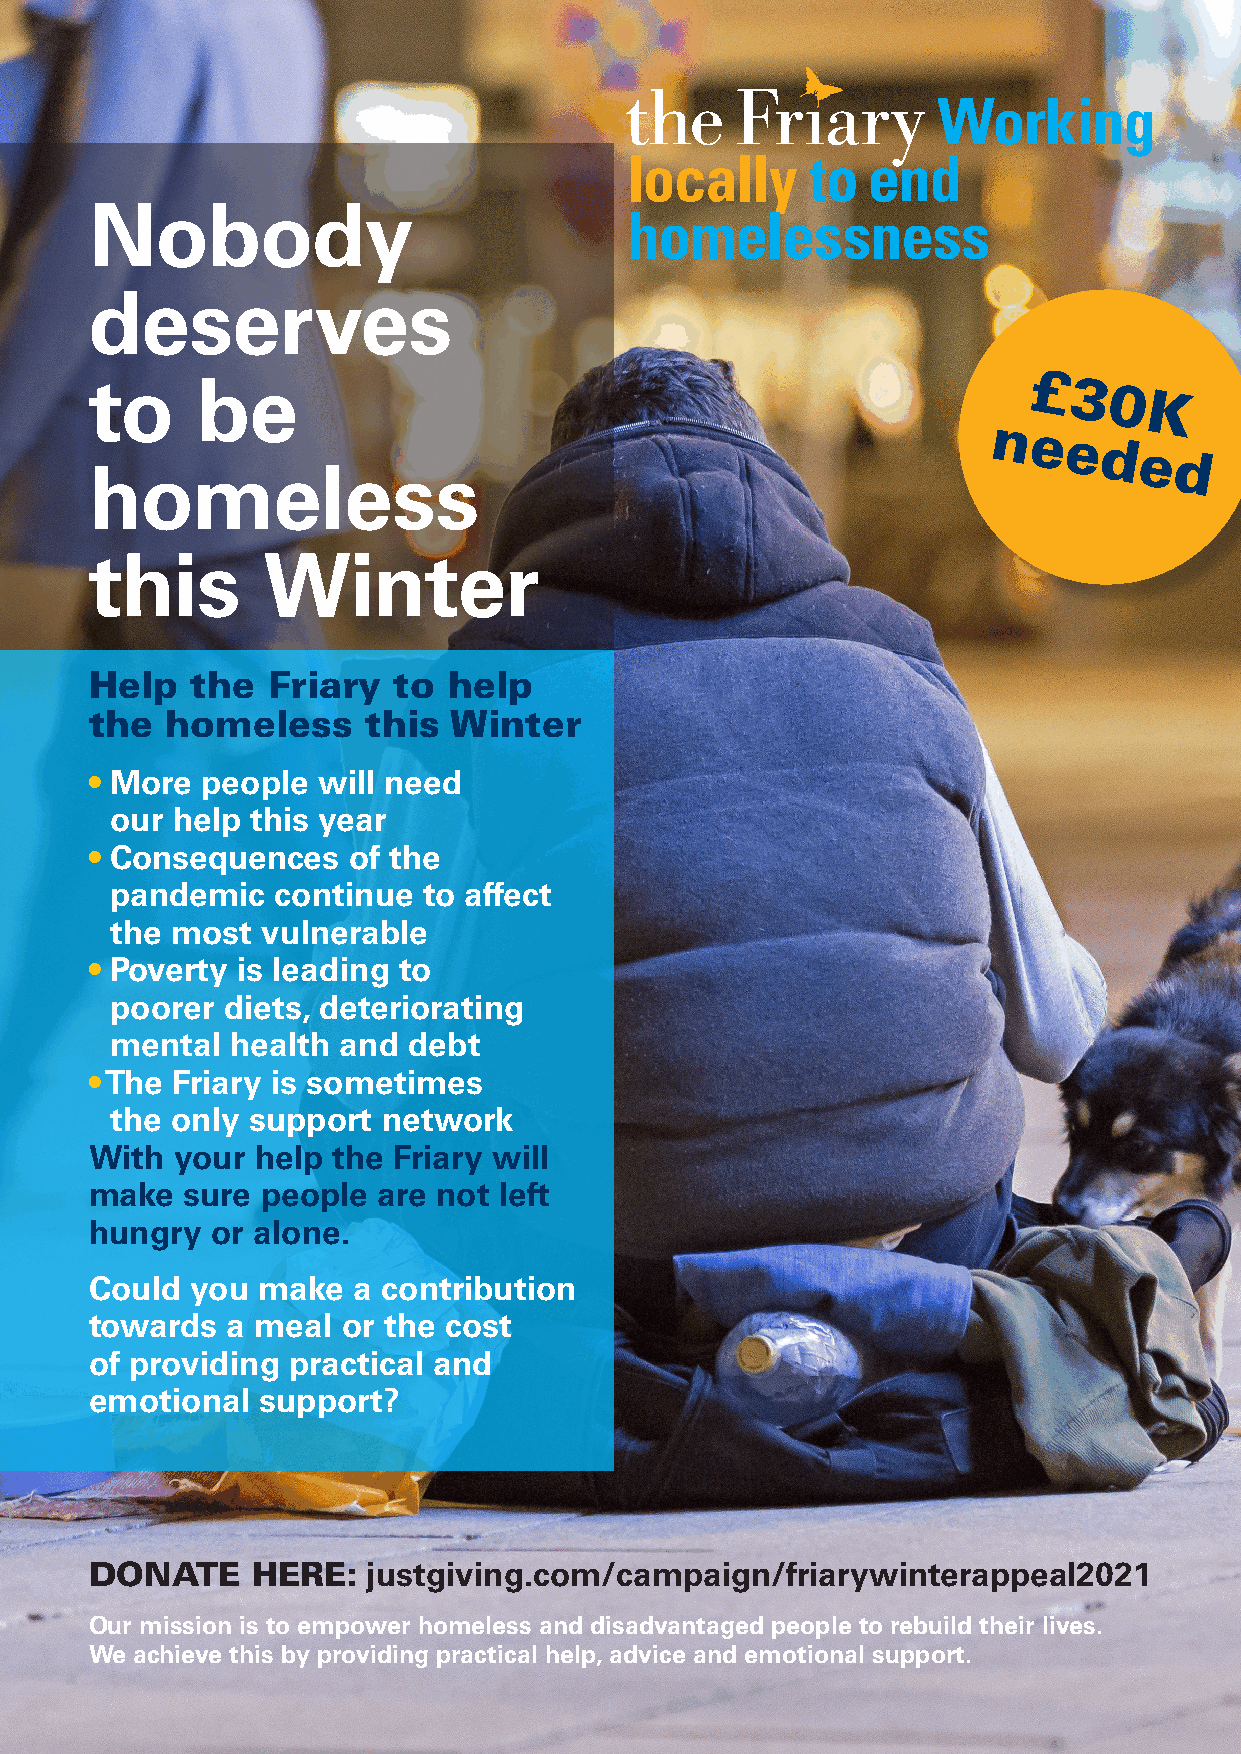
Nobody
 deserves
 to     be                                                     £ 3
 0
 K
 nee
 de
 d
 homeless
 this       Winter
 Help   the  Friary  to  help
 the  homeless     this  Winter
 • More people  will need
 our help  this year
 • Consequences   of the
 pandemic   continue  to affect
 the most  vulnerable
 • Poverty is leading to
 poorer  diets, deteriorating
 mental  health and  debt
 • The Friary is sometimes
 the only support  network
 With  your help the Friary will
 make  sure people  are not left
 hungry  or alone.
 Could  you make  a contribution
 towards  a meal  or the cost
 of providing practical and
 emotional  support?
 DONATE     HERE:  justgiving.com/campaign/friarywinterappeal2021
 Our mission is to empower homeless and disadvantaged people to rebuild their lives.
 We achieve this by providing practical help, advice and emotional support.